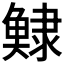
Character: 𩸺